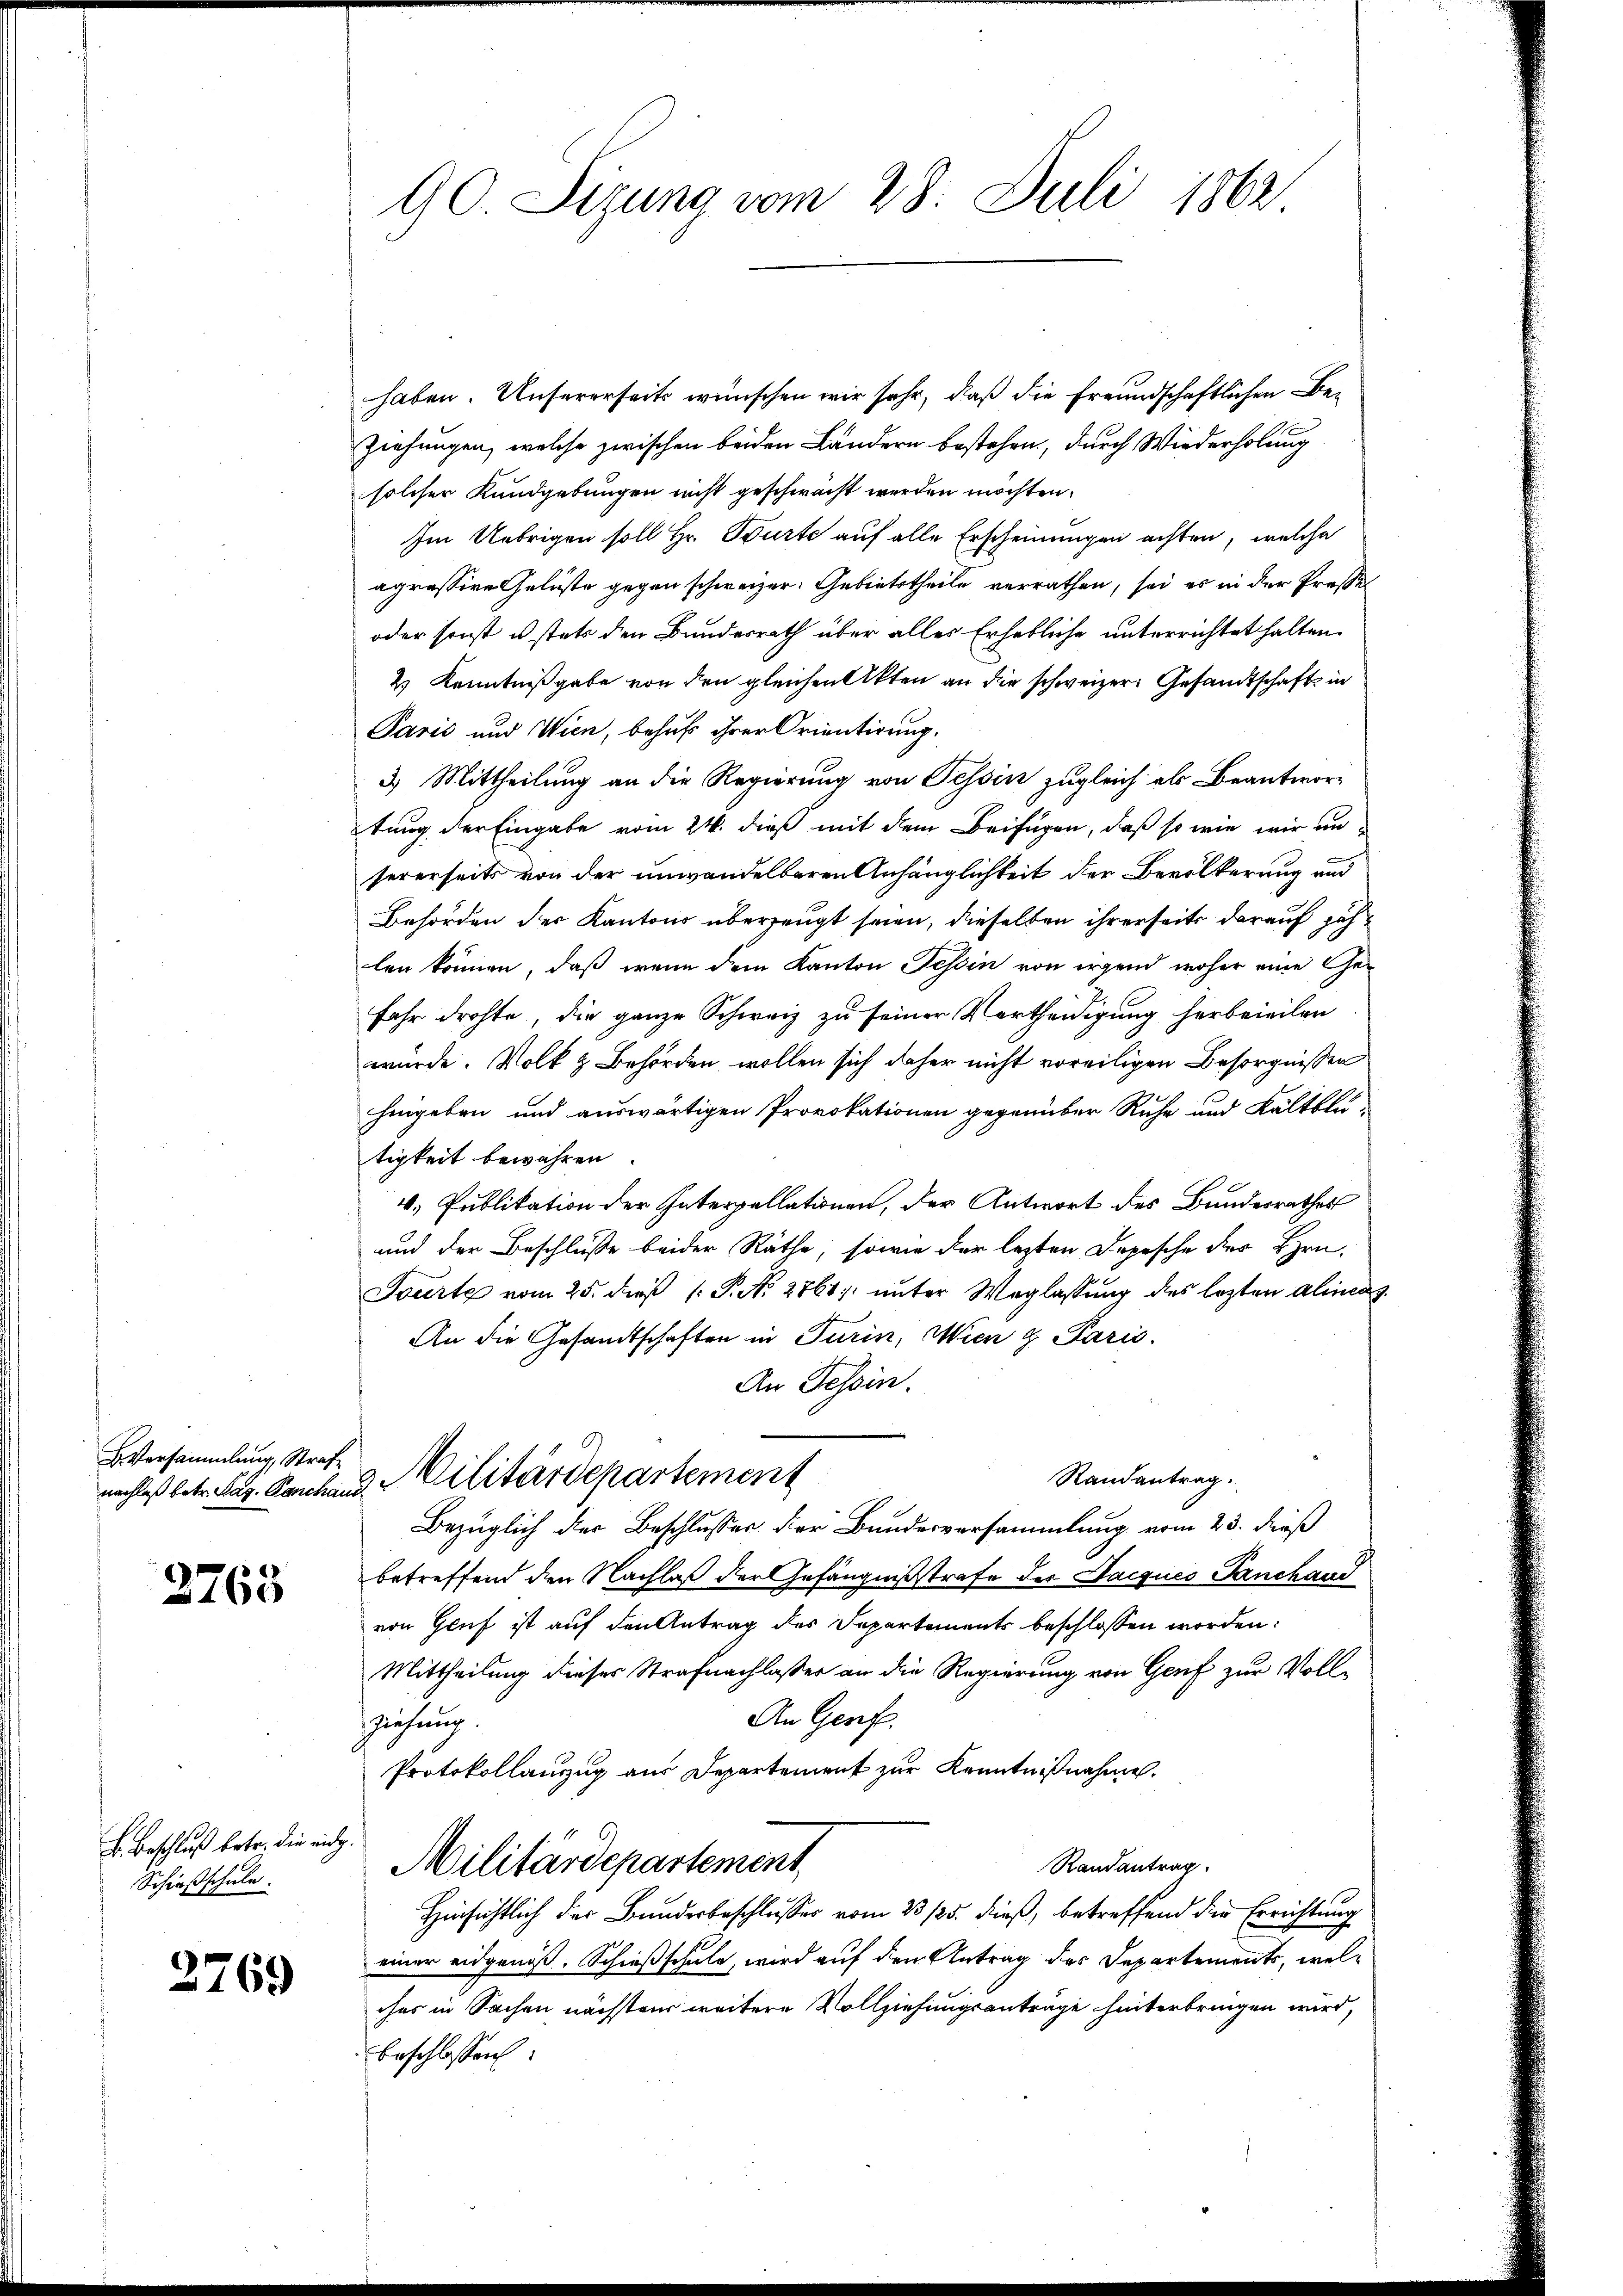
Versammlung, Straf

2763

B. Beschluß betr. die eidg.
Schießschule.

2769

90. Sizung vom 28. Juli 1862

haben. Unsererseits wünschen wir sehr, daß die freundschaftlichen Be¬
Ziehungen, welche zwischen beiden Ländern bestehen, durch Wiederholung
solcher Kundgebungen nicht geschwacht werden möchten.
Im Uebrigen soll Hr. Burte auf alle Erscheinungen achten, welche
agressive Gelüste gegen schweizer. Gebietstheile verrathen, sei es in der Prosel
oder sonst u stets den Bundesrath über alles Erhebliche unterrichtet halten.
2) Kenntnißgabe von den gleichen Akten an die schweizer Gesandtschaft in
Paris und Wien, behuf ihrer Orientirung.
3.) Mittheilung an die Regierung von Tessin zugleich als Beantwortung der Eingabe vom 24. dieß mit dem Beifügen, daß so wie wir unsererseits von der unwandelbaren Anhänglichkeit der Bevölkerung und
Behörden der Kantons überzeugt seien, dieselben ihrerseits darauf jählen können, daß wenn dem Kanton Tessin von irgend woher eine Gefahr drohte, die ganze Schweiz zu seiner Vertheidigung herbeieilen
wurde. Volk z. Behörden wollen sich daher nicht voreiligen Besorgnissen
hingeben und auswärtigen Provokationen gegenüber Ruhe und Kaltblutigkeit bewähren
4. Publikation der Interpellationen, der Antwort des Bundesrathes
und der Beschluße beider Räthe, sowie der lezten Depesche des Hrn.
Tourte vom 25. dieß P. N. 2861; unter Weglassung des lezten alineag.
An die Gesandtschaften in Turin, Wien & Paris.
An Tessin.
Randantrag.
nachlaß betr. Pag. Parchaus Militärdepartement
Bezüglich der Beschlusses der Bundesversammlung vom 25. dieß
betreffend den Nachlaß der Gefängnißstrafe des Jacques Panchand
von Genf ist auf den Antrag des Departements beschlossen worden:
Mittheilung dieses Strafnachlasser an die Regierung von Genf zur Voll¬
An Genf.
Ziehung.
Protokollauszug aus Departement zur Kenntnißnahme.
Randantrag
Militärdepartement
Hinsichtlich der Bundesbeschlusses vom 23 /25. dieß, betreffend die Errichtung
einer eidgenöß. Schießschule, wird auf den Antrag des Departements, welches in Sachen nächstens weitere Vollziehungsantrage hinterbringen wird,
beschlossen